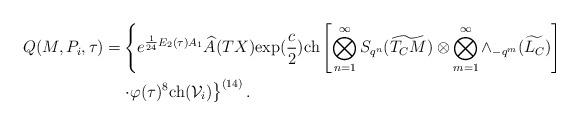
LaTeX: \begin{align*}Q(M,P_i,\tau)=&\left\{e^{\frac{1}{24}E_2(\tau)A_1}\widehat{A}(TX){\rm exp}(\frac{c}{2}){\rm ch}\left[\bigotimes _{n=1}^{\infty}S_{q^n}(\widetilde{T_CM})\otimes\bigotimes _{m=1}^{\infty}\wedge_{-q^m}(\widetilde{L_C})\right]\right.\\&\left.\cdot\varphi(\tau)^{8}{\rm ch}(\mathcal{V}_i)\right\}^{(14)}.\end{align*}